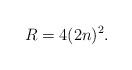
LaTeX: \begin{align*}R=4(2n)^2.\end{align*}